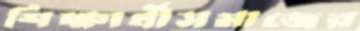
শিক্ষার্থীসমাজের